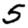
Digit: 5